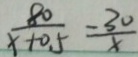
\frac { 8 0 } { x + 0 . 5 } = \frac { - 3 0 } { x }